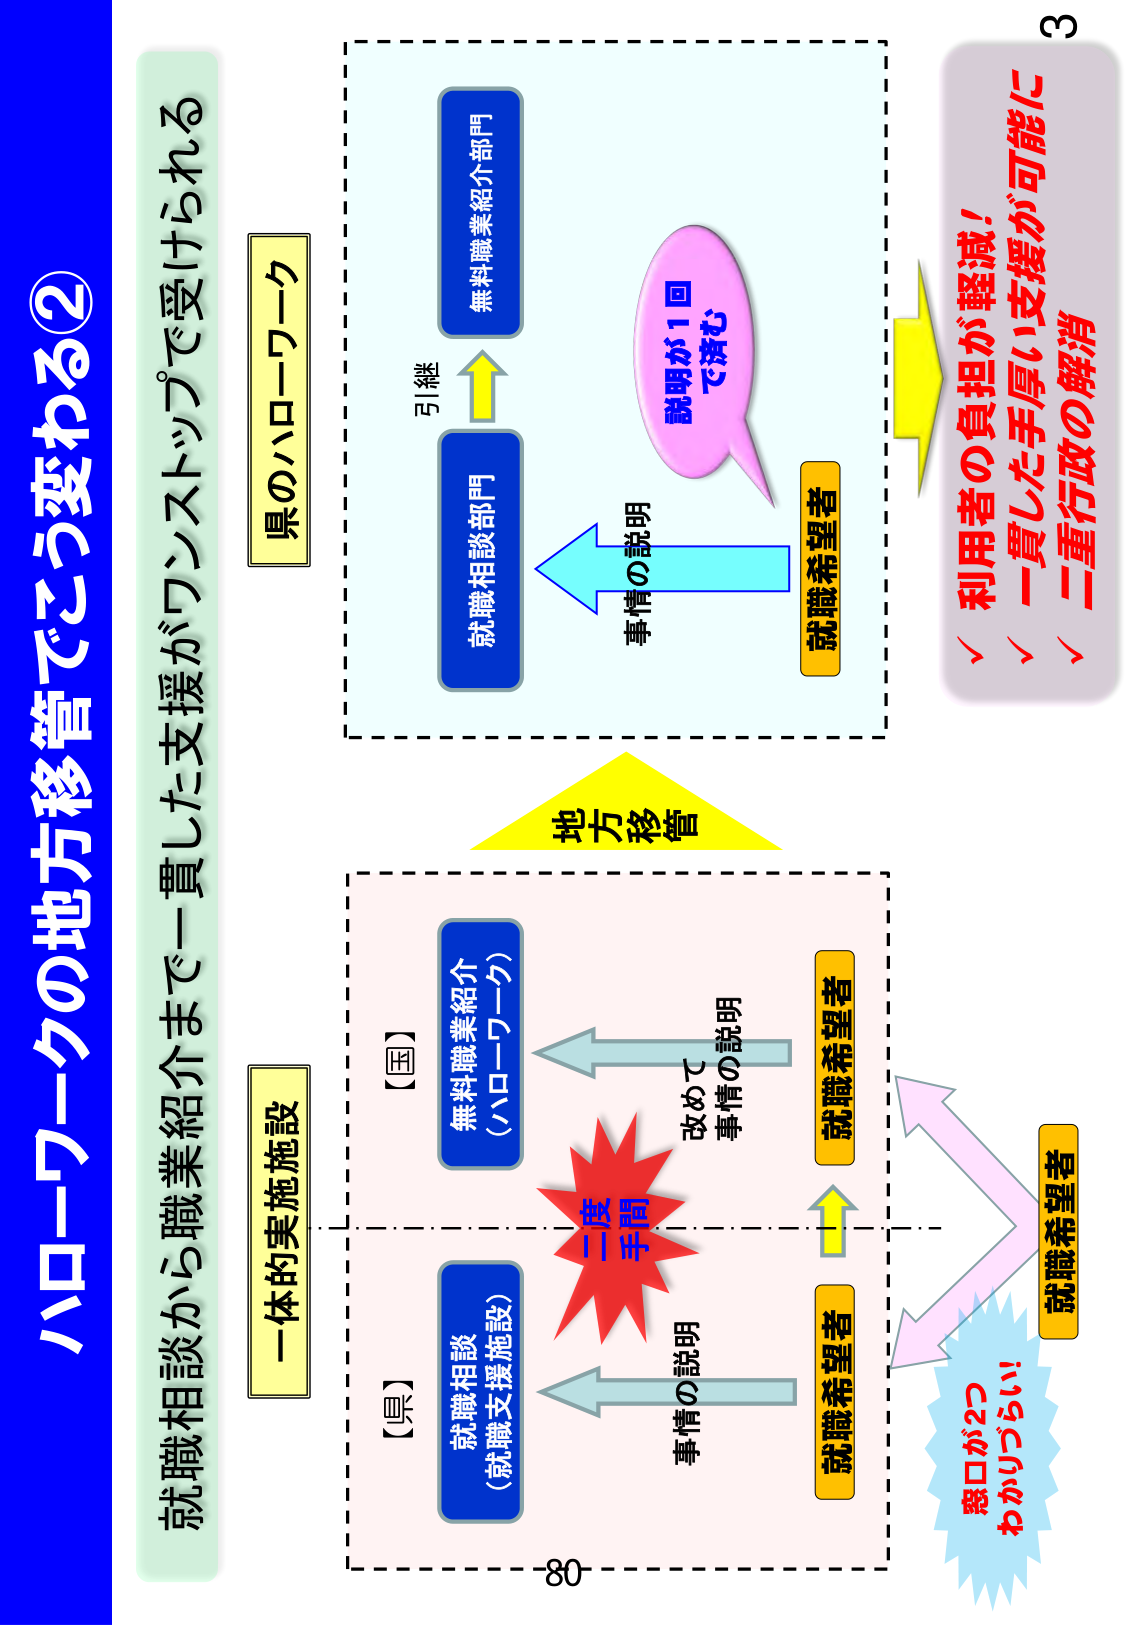
ハローワークの地方移管でこう変わる②
就職相談から職業紹介まで一貫した支援がワンストップで受けられる
県のハローワーク
無料職業紹介部門
就職相談部門
引継
説明が1回
で済む
就職希望者
事情の説明
利用者の負担が軽減！
一貫した手厚い支援が可能に
二重行政の解消
地方移管
一体的実施施設
【国】
無料職業紹介
（ハローワーク）
【県】
就職相談
（就職支援施設）
二度手間
改めて
事情の説明
就職希望者
就職希望者
就職希望者
窓口が2つ
わかりづらい！
事情の説明
3
80